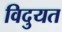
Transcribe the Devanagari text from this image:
विदुयत